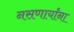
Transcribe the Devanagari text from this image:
नसणार्यांना